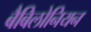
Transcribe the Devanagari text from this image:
बैबिलोनियन